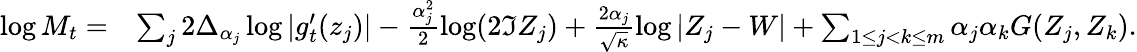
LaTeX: \begin{array}{rl}{\log M_{t}=}&{\sum_{j}2\Delta_{\alpha_{j}}\log|g_{t}^{\prime}(z_{j})|-\frac{\alpha_{j}^{2}}2\log(2\Im Z_{j})+\frac{2\alpha_{j}}{\sqrt\kappa}\log|Z_{j}-W|+\sum_{1\leq j<k\leq m}\alpha_{j}\alpha_{k}G(Z_{j},Z_{k}).}\end{array}